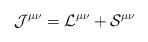
LaTeX: \begin{align*}\mathcal{J^{\mu \nu }=L^{\mu \nu }+S}^{\mu \nu }\end{align*}